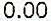
0.00